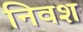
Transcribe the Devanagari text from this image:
निवश